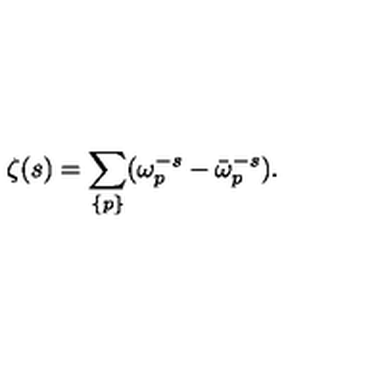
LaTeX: \zeta ( s ) = \sum _ { \{ p \} } ( \omega _ { p } ^ { - s } - \bar { \omega } _ { p } ^ { - s } ) { . }